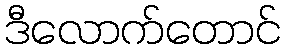
ဒီလောက်တောင်